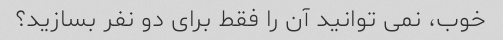
خوب، نمی توانید آن را فقط برای دو نفر بسازید؟